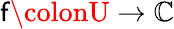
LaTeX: \mathsf{f}\colonU\to\mathbb{{C}}